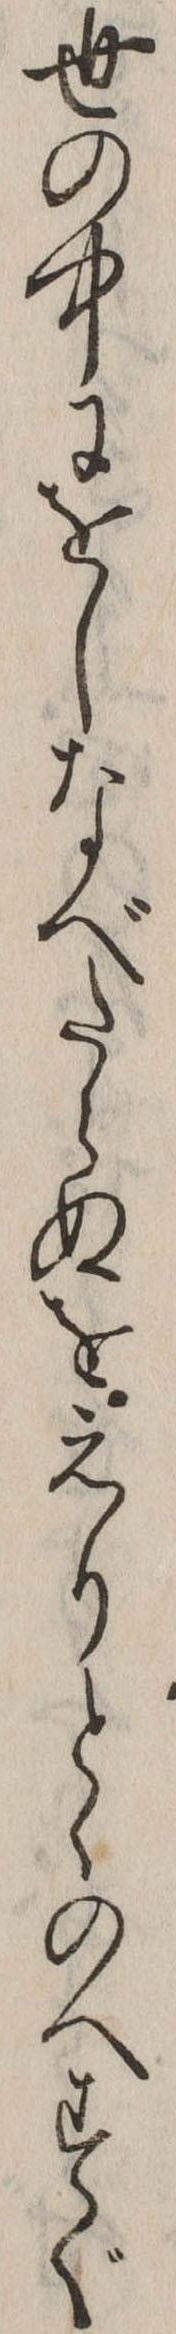
世の中にをしなべたらぬをえりとゝのへすぐ